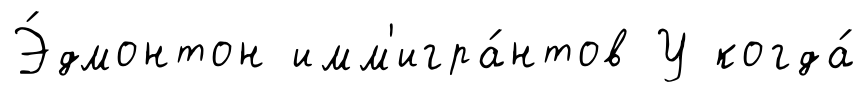
Э́дмонтон имм'игра́нтов У когда́